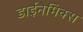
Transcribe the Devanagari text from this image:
डाईनेमिक्स